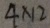
4 \times 1 2